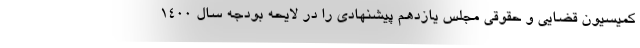
کمیسیون قضایی و حقوقی مجلس یازدهم پیشنهادی را در لایحه بودجه سال ۱۴۰۰